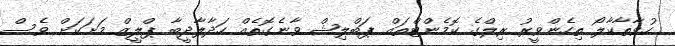
ހުވާތާކާލޯ ތިހެންވީރު ރިލްގެ ކޮމެންޓްތައް ޕަބްލިޝް ވާނެގޮތެއް ހަދާލާދީބާ ޕްލީޒް މަށަކަށް ވެސް